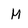
Character: M